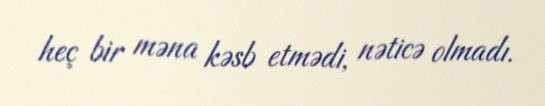
heç bir məna kəsb etmədi, nəticə olmadı.